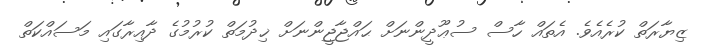
ޒިޔާރަތް ކުރެއެވެ. އެތައް ހާސް ސުޢޫދީންނަށް ޙައްޖާޖީންނަށް ޚިދުމަތް ކުރުމުގެ ދާއިރާގައި މަސައްކަތް